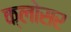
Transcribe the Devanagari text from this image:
क्लोसर